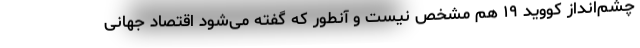
چشم‌انداز کووید ۱۹ هم مشخص نیست و آنطور که گفته می‌شود اقتصاد جهانی